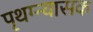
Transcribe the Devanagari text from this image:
पृथग्न्यासक